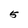
Character: 5